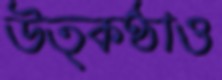
উত্কণ্ঠাও